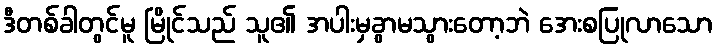
ဒီတစ်ခါတွင်မူ မြိုင်သည် သူ၏ အပါးမှခွာမသွားတော့ဘဲ အေးစပြုလာသော